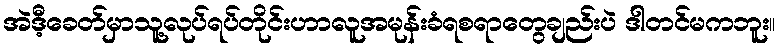
အဲဒီ့ခေတ်မှာသူ့လုပ်ရပ်တိုင်းဟာလူအမုန်းခံရစရာတွေချည်းပဲ ဒါတင်မကဘူး။